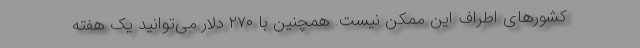
کشورهای اطراف این ممکن نیست. همچنین با ۲۷۰ دلار می‌توانید یک هفته